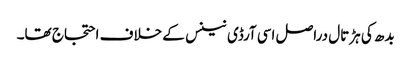
بدھ کی ہڑتال دراصل اسی آرڈی نینس کے خلاف احتجاج تھا۔